Annual report of the Civil Veterinary Department, Bengal, and of the Bengal Veterinary College for the year 1903-1904 - 1903-1904
Year: 1903
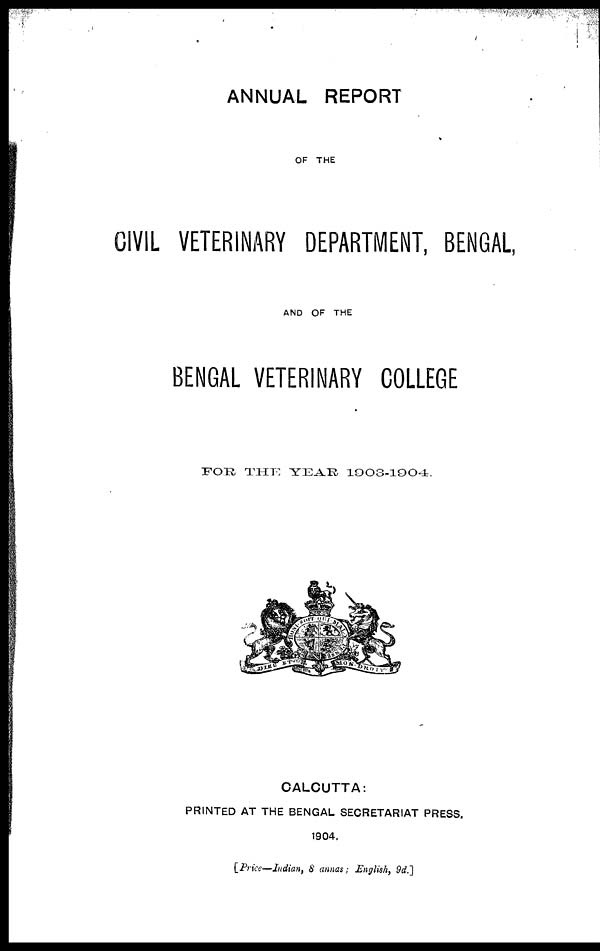
ANNUAL REPORT
OF THE
CIVIL VETERINARY DEPARTMENT, BENGAL
AND OF THE
BENGAL VETERINARY COLLEGE
FOR THE YEAR 1903-1904.
CALCUTTA:
PRINTED AT THE BENGAL SECRETARIAT PRESS.
1904.
[Price—Indian, 8 annas; English, 9d.]